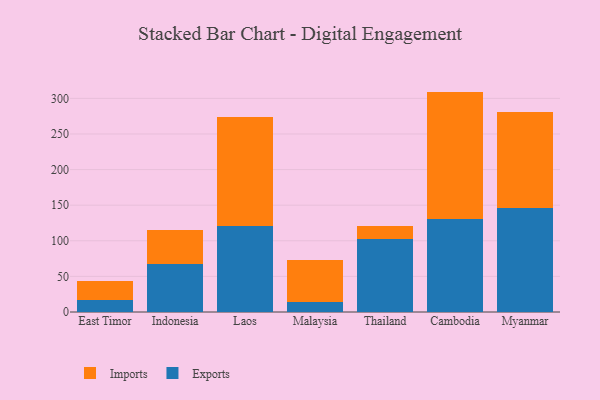
{"axis": {"x": "Country", "y": "Active Users"}, "legend": ["Exports", "Imports"], "data": [{"x": "East Timor", "y": 17.1, "type": "Exports"}, {"x": "East Timor", "y": 27.1, "type": "Imports"}, {"x": "Indonesia", "y": 67.5, "type": "Exports"}, {"x": "Indonesia", "y": 48.1, "type": "Imports"}, {"x": "Laos", "y": 120.5, "type": "Exports"}, {"x": "Laos", "y": 153.0, "type": "Imports"}, {"x": "Malaysia", "y": 14.1, "type": "Exports"}, {"x": "Malaysia", "y": 58.6, "type": "Imports"}, {"x": "Thailand", "y": 103.2, "type": "Exports"}, {"x": "Thailand", "y": 17.3, "type": "Imports"}, {"x": "Cambodia", "y": 130.8, "type": "Exports"}, {"x": "Cambodia", "y": 178.7, "type": "Imports"}, {"x": "Myanmar", "y": 146.6, "type": "Exports"}, {"x": "Myanmar", "y": 134.1, "type": "Imports"}]}